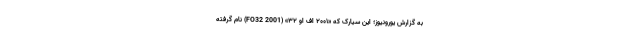
به گزارش یورونیوز؛ این سیارک که «۲۰۰۱ اف او ۳۲» (2001 FO32) نام گرفته